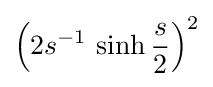
\left(2s^{-1}\,\sinh {\frac {s}{2}}\right)^{2}